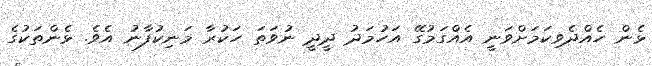
ޅެން ހެއްދެވިކަމަށްވަނީ އެއްގަމުގޭ އަހުމަދު ދީދީ ނުވަތަ ހަކުރާ މަނިކުފާނު އެވެ. ޅެންތަކުގެ